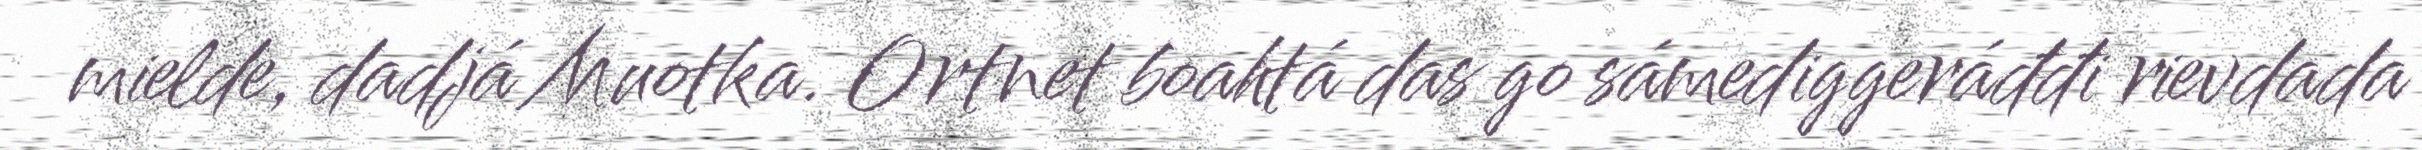
mielde, dadjá Muotka. Ortnet boahtá das go sámediggeráđđi rievdada